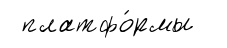
платфо́рмы